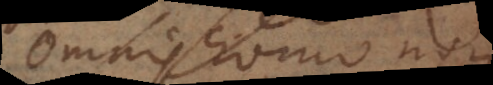
Omnis homo non